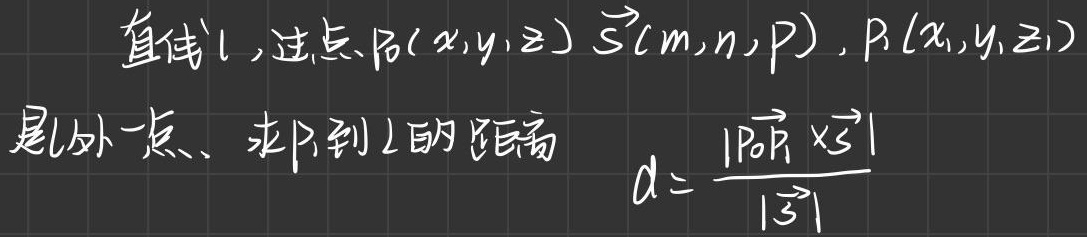
直线\(l\)，过点\(P_0(x,y,z)\) \(\vec{s}(m,n,p)\)，\(P_1(x_1,y_1,z_1)\)
是外一点，求\(P_1\)到\(l\)的距离
\(d = \frac{|\overrightarrow{P_0P_1} \times \vec{s}|}{|\vec{s}|}\)